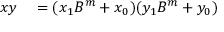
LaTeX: \begin{array} { r l } { x y } & { { } = ( x _ { 1 } B ^ { m } + x _ { 0 } ) ( y _ { 1 } B ^ { m } + y _ { 0 } ) } \end{array}